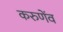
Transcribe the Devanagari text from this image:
करुणेंव